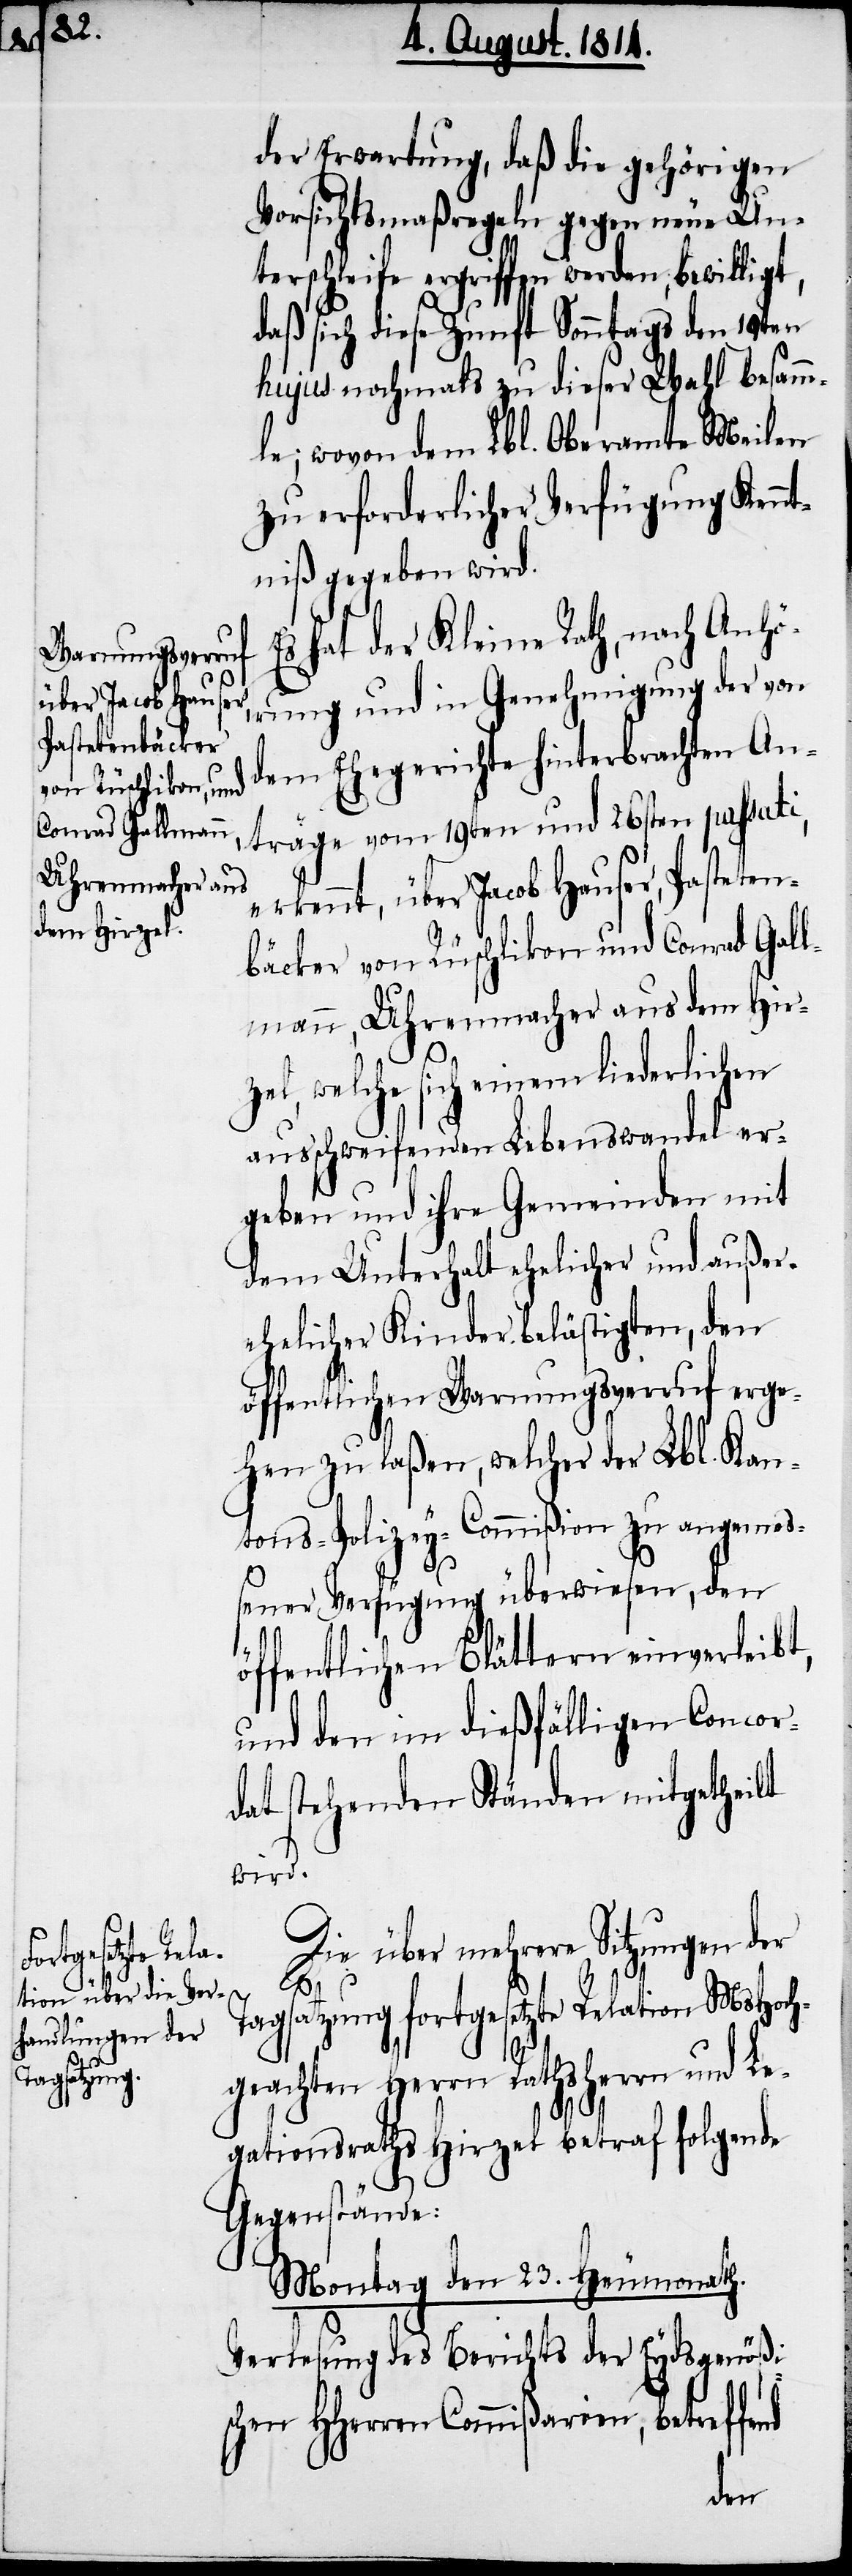
der Erwartung, daß die gehörigen
Vorsichtsmaßregeln gegen neue Un¬
terschleife ergriffen werden, bewilligt,
daß sich diese Zunft Sonntags den 19ten
hujus nochmals zu dieser Wahl besamm¬
le; wovon dem Lbl. Oberamte Meilen
zu erforderlicher Verfügung Kennt¬
niß gegeben wird.
hat der Kleine Rath, nach Anhö¬
rung und in Genehmigung der von
dem Ehegerichte hinterbrachten An¬
träge vom 19ten und 26sten passati,
erkennt, über Jacob Hauser, Pasteten¬
bäcker von Rüschlikon und Conrad Gall¬
mann, Uhrenmacher aus dem Hir¬
zel, welche sich einem liederlichen
ausschweifenden Lebenswandel er¬
geben und ihre Gemeinden mit
dem Unterhalt ehelicher und außer¬
ehelicher Kinder belästigen, den
öffentlichen Warnungsverruf erge¬
hen zu laßen, welcher der Lbl. Kan¬
tons-Polizey-Commißion zu angemeß¬
ener Verfügung überwiesen, den
öffentlichen Blättern einverleibt,
und den im dießfälligen Concor¬
dat stehenden Ständen mitgetheilt
wird.
Die über mehrere Sitzungen der
Tagsatzung fortgesetzte Relation MsHoch¬
geachten Herrn Rathsherrn und Le¬
gationsrath Hirzel betraf folgende
Gegenstände:
Montag den 23. Heumonath.
Verlesung des Berichts der Eydsgenößi¬
schen HHerrn Commißarien, betreffe¬
nd